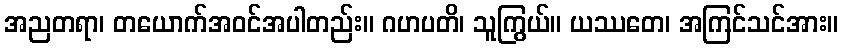
အညတရာ၊ တယောက်အဝင်အပါတည်း။ ဂဟပတိ၊ သူကြွယ်။ ယဿတေ၊ အကြင်သင်အား။